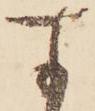
す